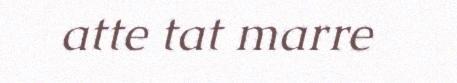
atte tat marre